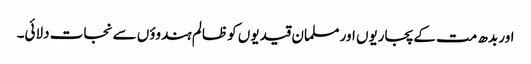
اور بدھ مت کے پجاریوں اور مسلمان قیدیوں کو ظالم ہندوؤں سے نجات دلائی۔